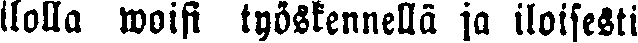
ilolla woisi työskennellä ja iloisesti